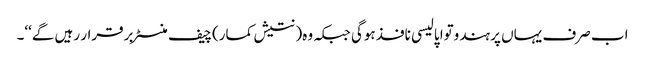
اب صرف یہاں پر ہندوتوا پالیسی نافذ ہوگی جبکہ وہ( نتیش کمار)چیف منسٹر برقرار رہیں گے‘‘۔